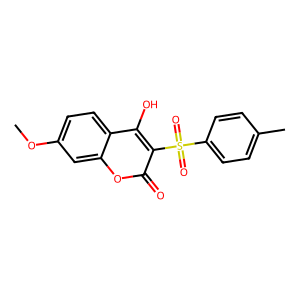
SMILES: COc1ccc2c(O)c(S(=O)(=O)c3ccc(C)cc3)c(=O)oc2c1
Inhibits HIV replication: No